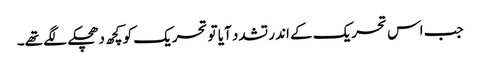
جب اس تحریک کے اندر تشدد آیا تو تحریک کو کچھ دھچکے لگے تھے۔